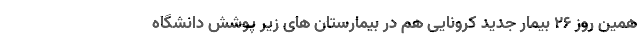
همین روز ۲۶ بیمار جدید کرونایی هم در بیمارستان های زیر پوشش دانشگاه